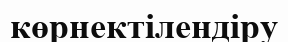
көрнектілендіру